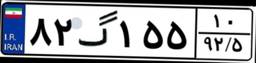
۰۸گ۸۶۶۵۱